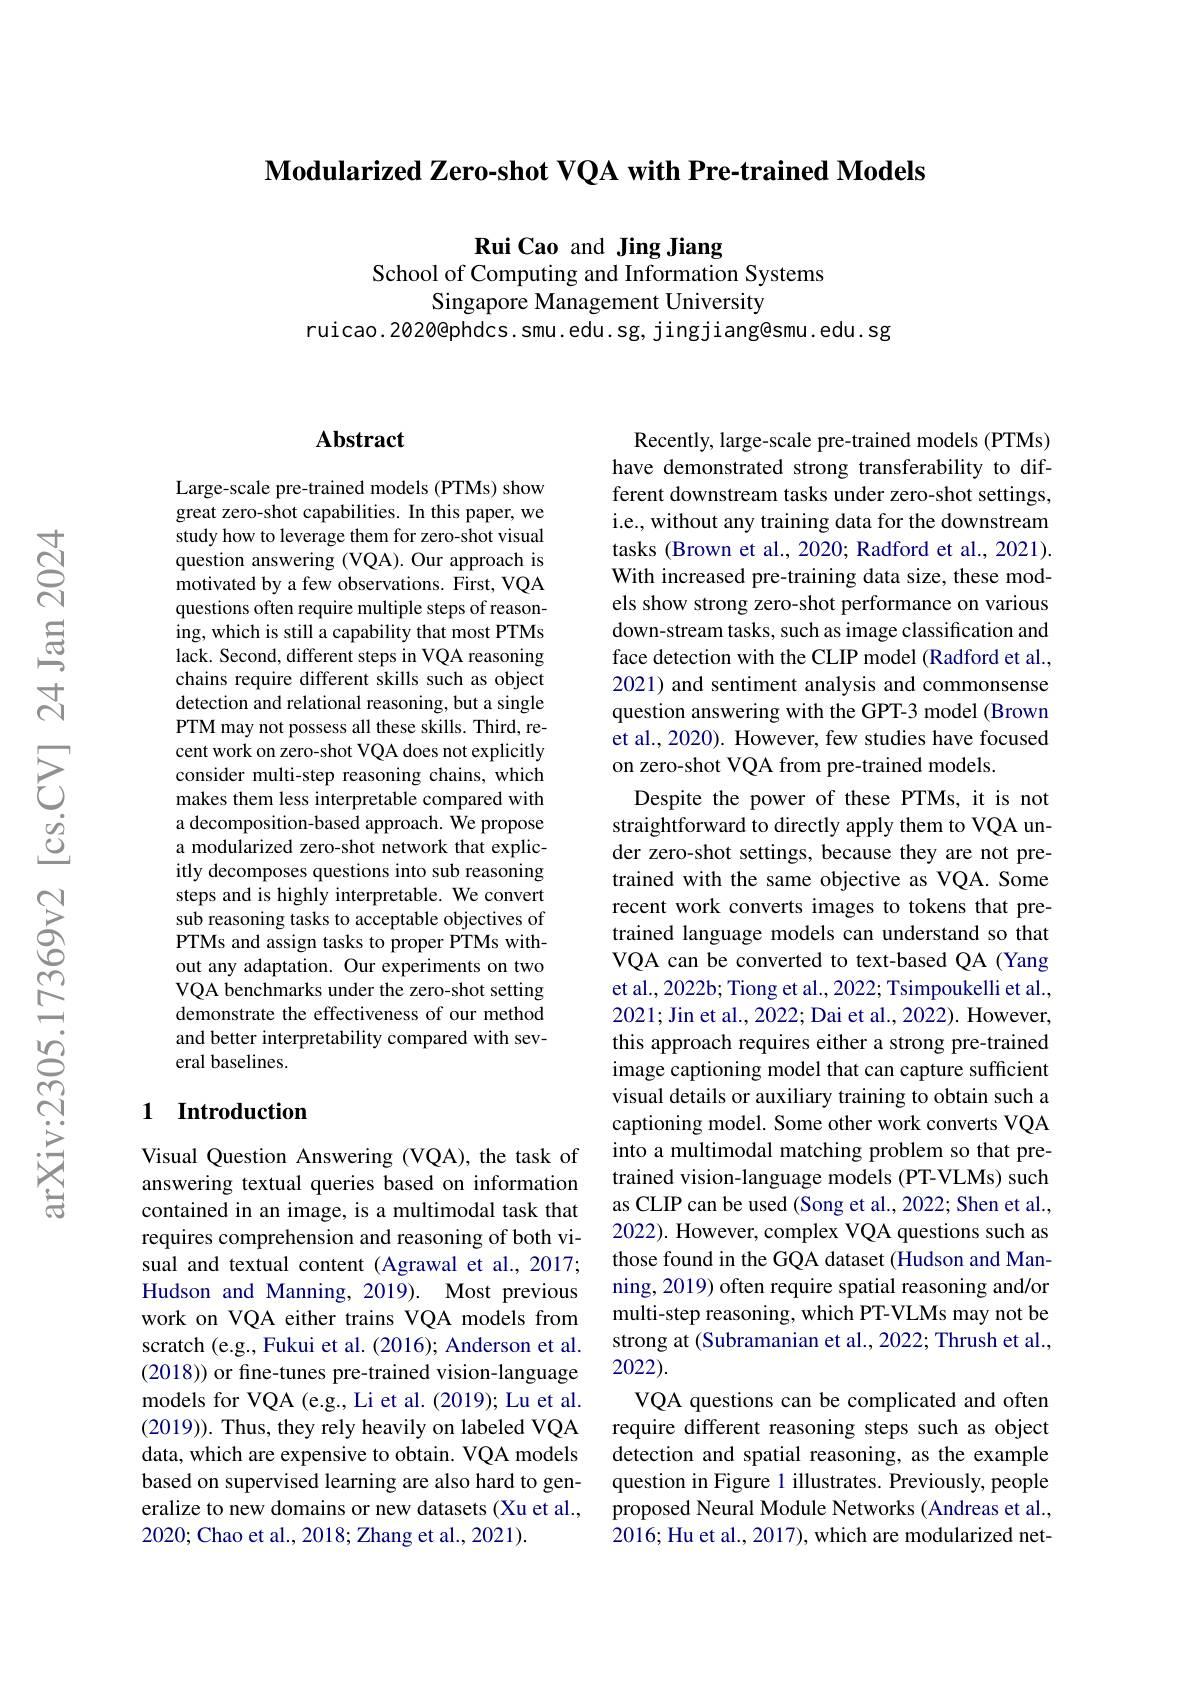
$\textbf{Modularized Zero- shot VQA with Pre- trained Models}$

Rui Cao and Jing Jiang
School of Computing and Information Systems
Singapore Management University
ruicao.2020@phdcs.smu.edu.sg, jingjiang@smu.edu.sg

## $\mathbf{Abstract}$

Large-scale pre-trained models (PTMs) show great zero-shot capabilities. In this paper, we study how to leverage them for zero-shot visual question answering (VQA).Our approach is motivated by a few observations. First, VQA questions often require multiple steps of reasoning, which is still a capability that most PTMs lack. Second, different steps in VQA reasoning chains require different skills such as object detection and relational reasoning, but a single PTM may not possess all these skills. Third, recent work on zero-shot VQA does not explicitly consider multi-step reasoning chains, which makes them less interpretable compared with a decomposition-based approach. We propose a modularized zero-shot network that explicitly decomposes questions into sub reasoning steps and is highly interpretable. We convert sub reasoning tasks to acceptable objectives of PTMs and assign tasks to proper PTMs without any adaptation. Our experiments on two VQA benchmarks under the zero-shot setting demonstrate the effectiveness of our method and better interpretability compared with several baselines.

## 1 Introduction

Visual Question Answering (VQA), the task of answering textual queries based on information contained in an image, is a multimodal task that requires comprehension and reasoning of both visual and textual content (Agrawal et al.,2017; Hudson and Manning, 2019). Most previous work on VQA either trains VQA models from scratch (e.g., Fukui et al. (2016); Anderson et al. (2018)) or fine-tunes pre-trained vision-language models for VQA (e.g., Li et al. (2019); Lu et al. (2019)). Thus, they rely heavily on labeled VQA data, which are expensive to obtain. VQA models based on supervised learning are also hard to generalize to new domains or new datasets (Xu et al., 2020; Chao et al., 2018; Zhang et al., 2021).

Recently, large-scale pre-trained models (PTMs) have demonstrated strong transferability to different downstream tasks under zero-shot settings, i.e., without any training data for the downstream tasks (Brown et al., 2020; Radford et al., 2021). With increased pre-training data size, these models show strong zero-shot performance on various down-stream tasks, such as image classification and face detection with the CLIP model (Radford et al., 2021) and sentiment analysis and commonsense question answering with the GPT-3 model (Brown et al., 2020). However, few studies have focused on zero-shot VQA from pre-trained models.

Despite the power of these PTMs, it is not straightforward to directly apply them to VQA under zero-shot settings, because they are not pretrained with the same objective as VQA. Some recent work converts images to tokens that pretrained language models can understand so that VQA can be converted to text-based QA (Yang et al., 2022b; Tiong et al., 2022; Tsimpoukelli et al., 2021; Jin et al., 2022; Dai et al., 2022). However, this approach requires either a strong pre-trained image captioning model that can capture sufficient visual details or auxiliary training to obtain such a captioning model. Some other work converts VQA into a multimodal matching problem so that pretrained vision-language models (PT-VLMs) such as CLIP can be used (Song et al., 2022; Shen et al., 2022). However, complex VQA questions such as those found in the GQA dataset (Hudson and Manning, 2019) often require spatial reasoning and/or multi-step reasoning, which PT-VLMs may not be strong at (Subramanian et al., 2022; Thrush et al., 2022).
VQA questions can be complicated and often require different reasoning steps such as object detection and spatial reasoning, as the example question in Figure 1 illustrates. Previously, people proposed Neural Module Networks (Andreas et al., 2016; Hu et al., 2017), which are modularized net-